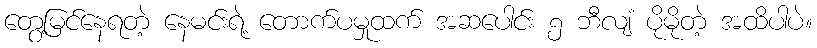
တွေ့မြင်နေရတဲ့ နေမင်းရဲ့ တောက်ပမှုထက် အဆပေါင်း ၅ ဘီလျံ ပိုမိုတဲ့ အထိပါပဲ။